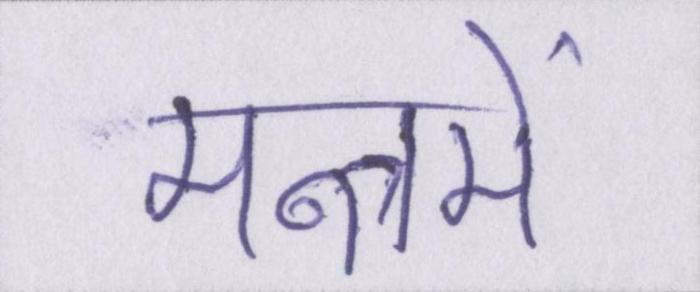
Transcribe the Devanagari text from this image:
मन्त्रमें